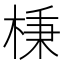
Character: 棅